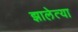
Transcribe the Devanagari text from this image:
झालेत्या